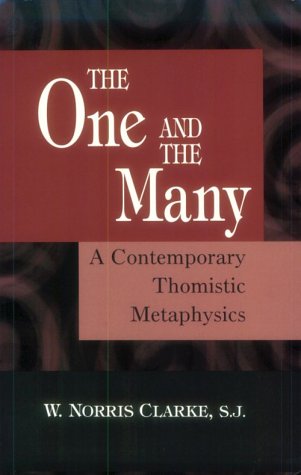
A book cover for The One and the Many: A Contemporary Thomistic Metaphysics; W. Norris Clarke; Politics & Social Sciences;